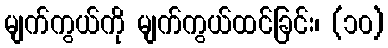
မျက်ကွယ်ကို မျက်ကွယ်ထင်ခြင်း၊ (၁၀)